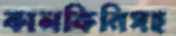
কালকিনিসহ